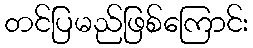
တင်ပြမည်ဖြစ်ကြောင်း